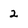
Character: 2